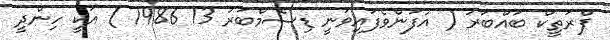
ޕްރަތީކް ބައްބަރު ( އުފަންވެފައިވަނީ ޑިސެމްބަރު 13 1986 ) އަކީ ހިންދީ